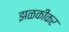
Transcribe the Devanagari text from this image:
झळकीकर